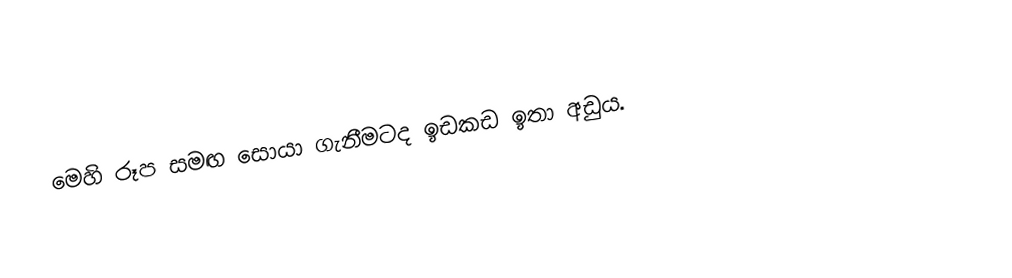
මෙහි රූප සමඟ සොයා ගැනීමටද ඉඩකඩ ඉතා අඩුය.